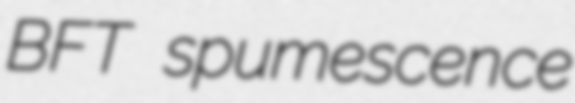
BFT spumescence